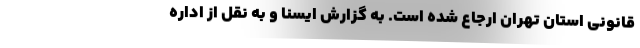
قانونی استان تهران ارجاع شده است. به گزارش ایسنا و به نقل از اداره